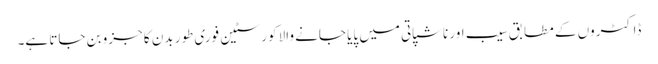
ڈاکٹروں کے مطابق سیب اور ناشپاتی میں پایا جانے والا کورسٹین فوری طور بدن کا جزو بن جاتا ہے۔